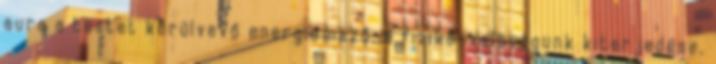
aura a testet körülvevő energiamező, a fizikai valóságunk kiterjedése,